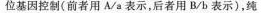
位基因控制(前者用A/a表示，后者用B/b表示)，纯